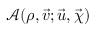
\mathscr { A } ( \rho , \vec { v } ; \vec { u } , \vec { \chi } )